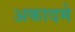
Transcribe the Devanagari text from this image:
अकादमे